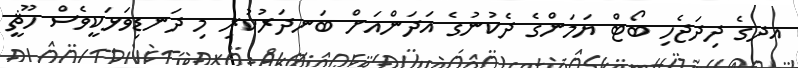
އދގެ ދިދަޖެހި ބޯޓް ޔަމަންގެ ދެކުނުގެ އަދަންއަށް ބަނދަރުކުރި މި ދަނޑިވަޅަކީވެސް ހޫޘީ